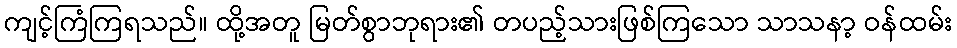
ကျင့်ကြံကြရသည်။ ထို့အတူ မြတ်စွာဘုရား၏ တပည့်သားဖြစ်ကြသော သာသနာ့ ဝန်ထမ်း